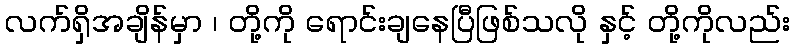
လက်ရှိအချိန်မှာ ၊ တို့ကို ရောင်းချနေပြီဖြစ်သလို နှင့် တို့ကိုလည်း